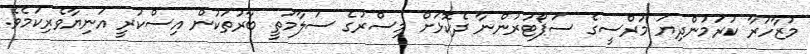
މުޒާހަރާ ކުރަމުންދިޔަ މުރްސީގެ ސަޕޯޓަރުންނާ ދެކޮޅަށް މިސްރުގެ ސަލާމަތީ ބާރުތަކުން އިސްކުރީ އަނިޔާވެރިކަމެވެ.